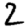
Digit: 2